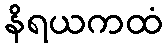
နိရယကထံ